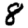
Digit: 8